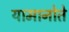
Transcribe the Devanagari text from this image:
यामानोते